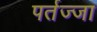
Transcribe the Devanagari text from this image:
पर्तज्जा